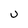
Character: U